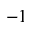
^ { - 1 }